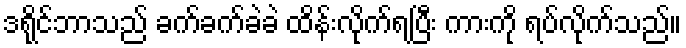
ဒရိုင်ဘာသည် ခက်ခက်ခဲခဲ ထိန်းလိုက်ရပြီး ကားကို ရပ်လိုက်သည်။